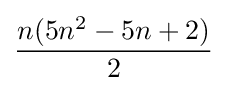
{n(5n^{2}-5n+2) \over 2}